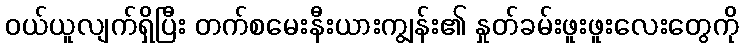
ဝယ်ယူလျက်ရှိပြီး တက်စမေးနီးယားကျွန်း၏ နှုတ်ခမ်းဖူးဖူးလေးတွေကို